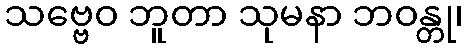
သဗ္ဗေဝ ဘူတာ သုမနာ ဘဝန္တု၊